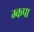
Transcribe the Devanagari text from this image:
म्कपा